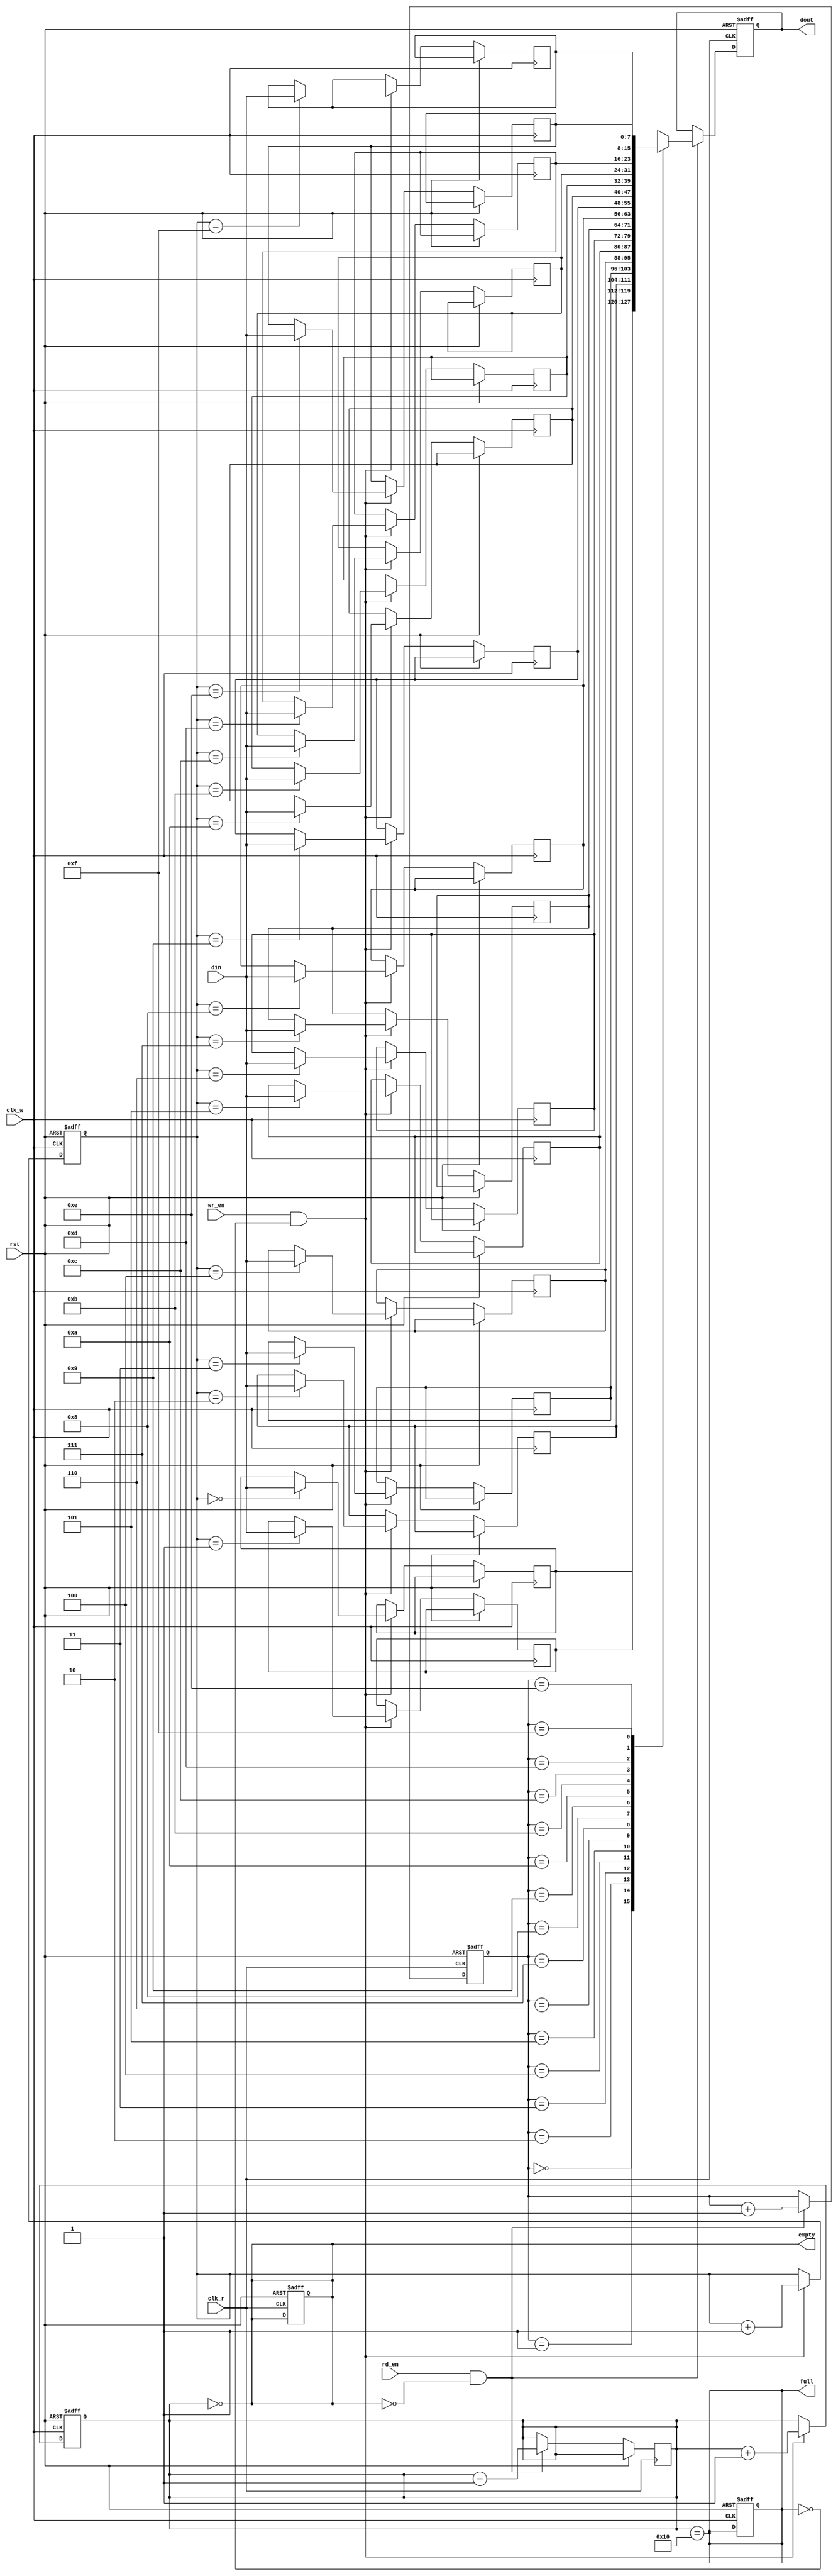
module dual_clock_fifo #(
    parameter DATA_WIDTH = 8,  // Width of the data
    parameter FIFO_DEPTH = 16   // Depth of the FIFO
)(
    input wire clk_w,           // Write clock
    input wire clk_r,           // Read clock
    input wire rst,             // Asynchronous reset
    input wire wr_en,           // Write enable
    input wire rd_en,           // Read enable
    input wire [DATA_WIDTH-1:0] din, // Data input
    output reg [DATA_WIDTH-1:0] dout, // Data output
    output reg full,            // FIFO full flag
    output reg empty            // FIFO empty flag
);

    // Memory array to hold FIFO data
    reg [DATA_WIDTH-1:0] fifo_mem [0:FIFO_DEPTH-1];

    // Write and read pointers
    reg [$clog2(FIFO_DEPTH)-1:0] wr_ptr;
    reg [$clog2(FIFO_DEPTH)-1:0] rd_ptr;

    // FIFO status
    reg [FIFO_DEPTH:0] fifo_count; // Count of items in FIFO

    // Asynchronous reset
    always @(posedge clk_w or posedge rst) begin
        if (rst) begin
            wr_ptr <= 0;
            fifo_count <= 0;
            full <= 0;
        end else if (wr_en && !full) begin
            fifo_mem[wr_ptr] <= din; // Write data to FIFO
            wr_ptr <= wr_ptr + 1;    // Increment write pointer
            fifo_count <= fifo_count + 1; // Increment count
        end
    end

    // Read logic
    always @(posedge clk_r or posedge rst) begin
        if (rst) begin
            rd_ptr <= 0;
            dout <= 0;
            empty <= 1;
        end else if (rd_en && !empty) begin
            dout <= fifo_mem[rd_ptr]; // Read data from FIFO
            rd_ptr <= rd_ptr + 1;      // Increment read pointer
            fifo_count <= fifo_count - 1; // Decrement count
        end
    end

    // Update full and empty flags
    always @(*) begin
        full = (fifo_count == FIFO_DEPTH);
        empty = (fifo_count == 0);
    end

endmodule